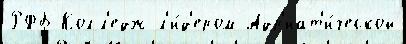
РФБ Колл'едж л'и́д'ером Адр'иат'и́ческой